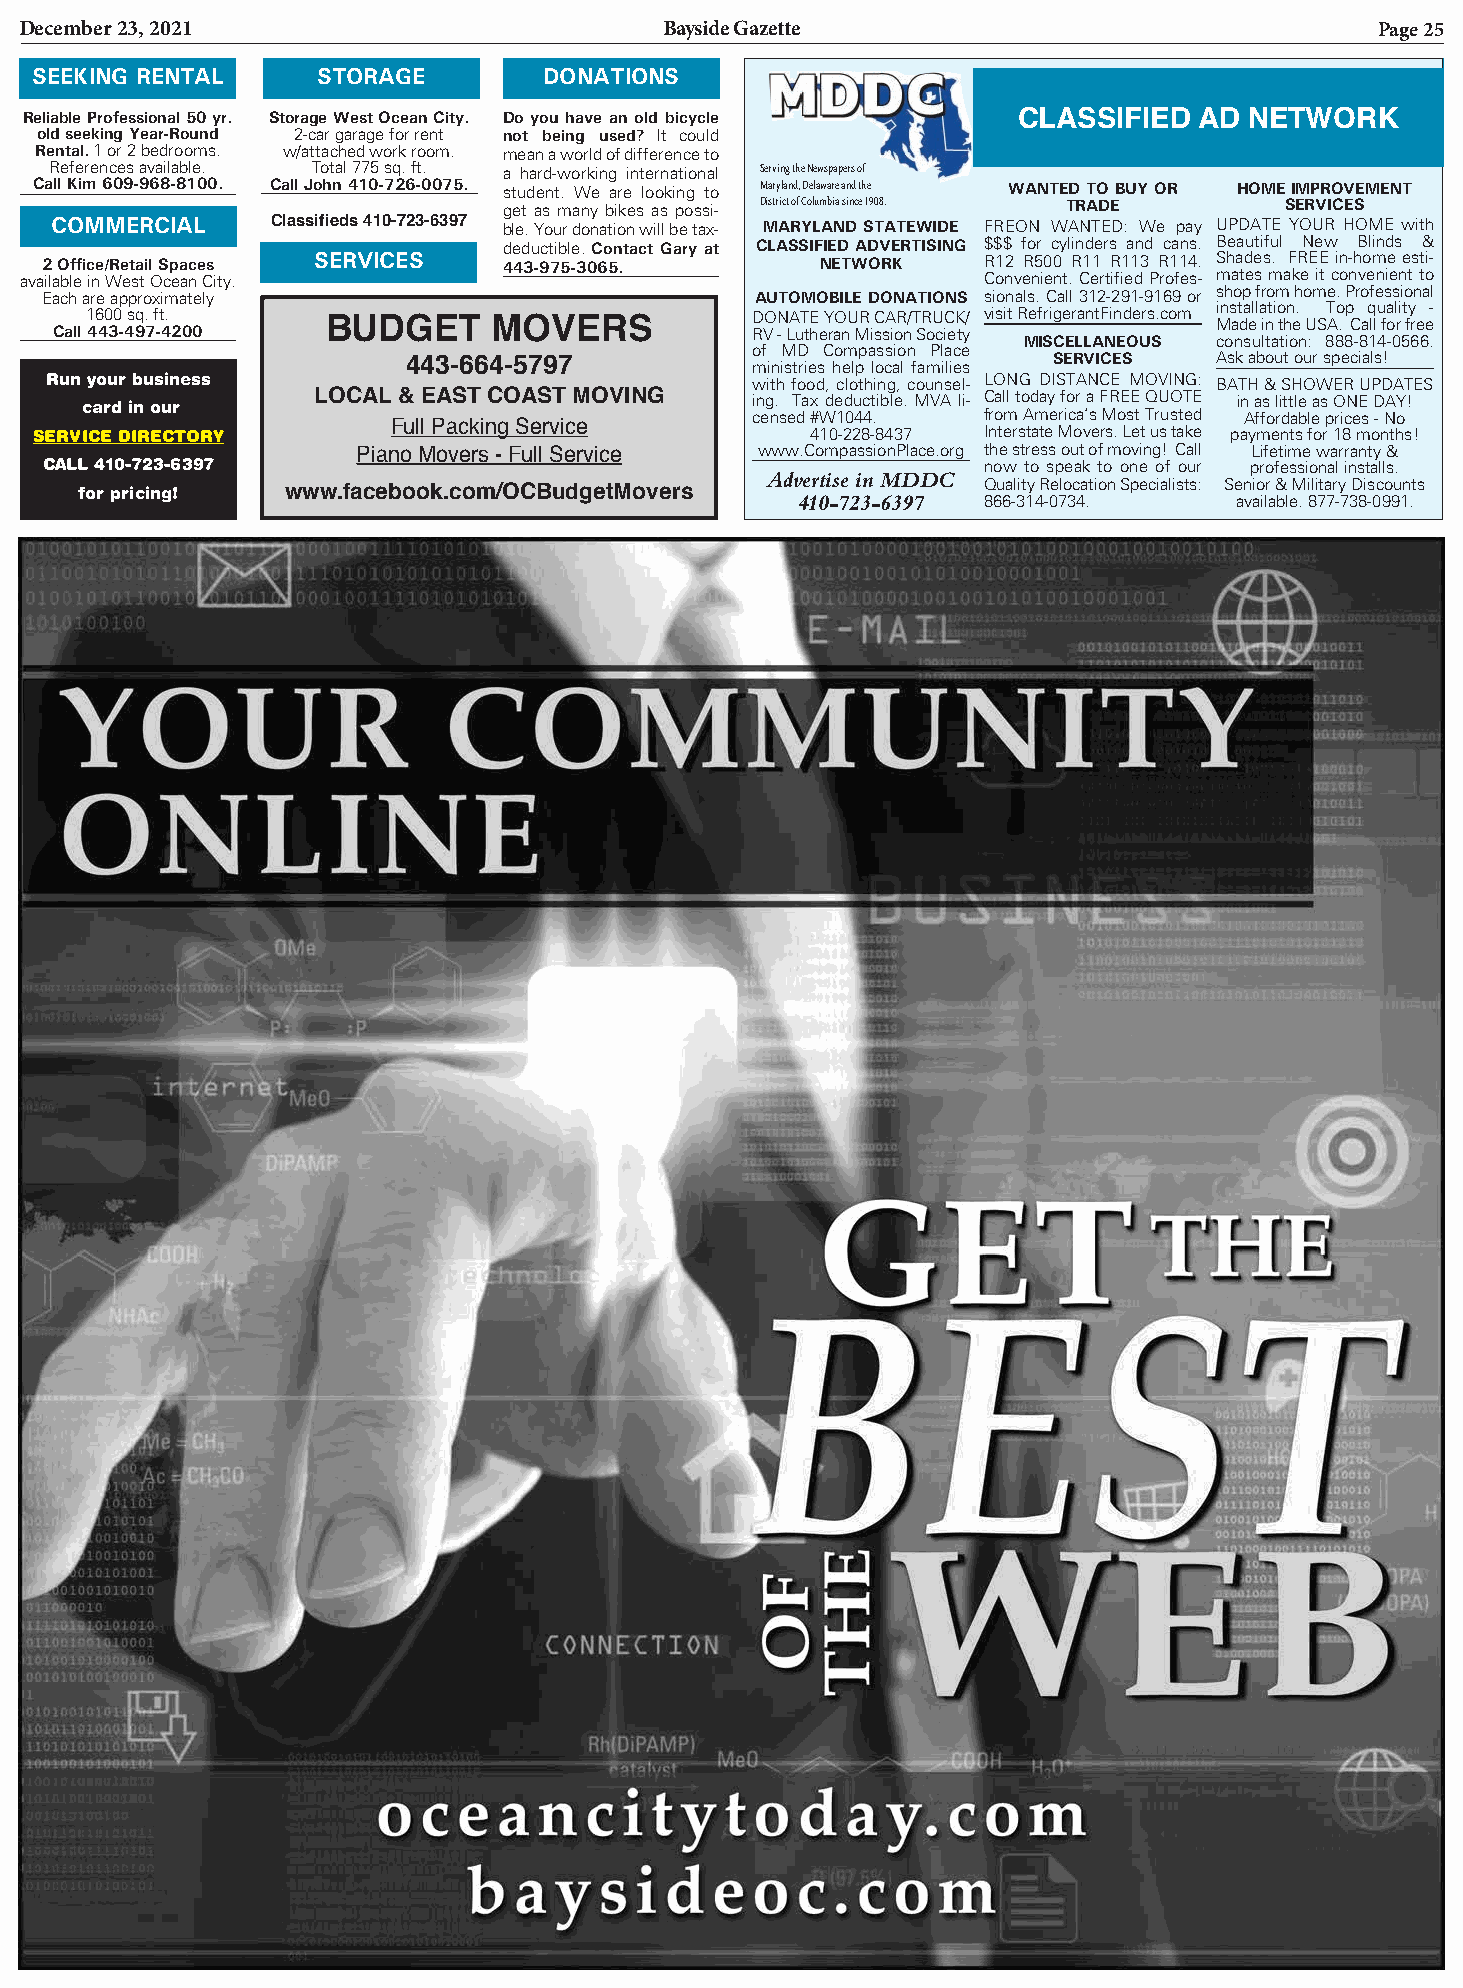
December 23, 2021                          Bayside Gazette                                Page 25
 SEEKING RENTAL     STORAGE        DONATIONS
 Reliable Professional 50 yr. Storage West Ocean City. Do you have an old bicycle CLASSIFIED AD NETWORK
 old seeking Year-Round 2-car garage for rent not being used? It could
 Rental. 1 or 2 bedrooms. w/attached work room. mean a world of difference to
 References available. Total 775 sq. ft. a hard-working international Serving the Newspapers of
 Call Kim 609-968-8100. Call John 410-726-0075. student. We are looking to Maryland, Delaware and the WANTED TO BUY OR HOME IMPROVEMENT
 get as many bikes as possi- District of Columbia since 1908. TRADE SERVICES
 COMMERCIAL     Classifieds 410-723-6397 ble. Your donation will be tax- MARYLAND STATEWIDE FREON WANTED: We pay UPDATE YOUR HOME with
 COMMERCIAL                  deductible. Contact Gary at CLASSIFIED ADVERTISING $$$ for cylinders and cans. Beautiful New Blinds &
 2 Office/Retail Spaces SERVICES 443-975-3065.      NETWORK    R12 R500 R11 R113 R114. Shades. FREE in-home esti-
 available in West Ocean City.                                   Convenient. Certified Profes- mates make it convenient to
 Each are approximately                         AUTOMOBILE DONATIONS sionals. Call 312-291-9169 or shop from home. Professional
 1600 sq. ft.    BUDGET     MOVERS           DONATE YOUR CAR/TRUCK/ visit RefrigerantFinders.com i Mns at da ell a inti o thn e. U ST Ao . p C aq llu fa ol ri t fy re e-
 Call 443-497-4200                             RV - Lutheran Mission Society
 MISCELLANEOUS consultation: 888-814-0566.
 of MD Compassion Place
 443-664-5797                               SERVICES  Ask about our specials!
 ministries help local families
 Run your business                              with food, clothing, counsel- LONG DISTANCE MOVING: BATH & SHOWER UPDATES
 card in our     LOCAL & EAST COAST MOVING    ing. Tax deductible. MVA li- Call today for a FREE QUOTE in as little as ONE DAY!
 Full Packing Service    censed #W1044. from America’s Most Trusted Affordable prices - No
 SERVICE DIRECTORY                                   410-228-8437 Interstate Movers. Let us take payments for 18 months!
 Piano Movers - Full Service www.CompassionPlace.org the stress out of moving! Call Lifetime warranty &
 CALL 410-723-6397                                             now to speak to one of our professional installs.
 Advertise i n MDDC
 for pricing!  www.facebook.com/OCBudgetMovers               Quality Relocation Specialists: Senior & Military Discounts
 410-723-6397 866-314-0734.   available. 877-738-0991.